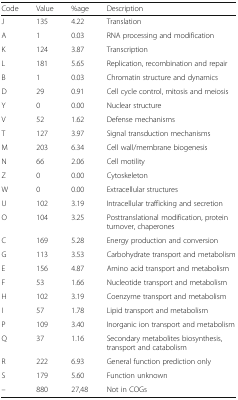
| Code | Value | %age | Description |
 | --- | --- | --- | --- |
 | J | 135 | 4.22 | Translation |
 | A | 1 | 0.03 | RNA processing and modification |
 | K | 124 | 3.87 | Transcription |
 | L | 181 | 5.65 | Replication, recombination and repair |
 | B | 1 | 0.03 | Chromatin structure and dynamics |
 | D | 29 | 0.91 | Cell cycle control, mitosis and meiosis |
 | Y | 0 | 0.00 | Nuclear structure |
 | V | 52 | 1.62 | Defense mechanisms |
 | T | 127 | 3.97 | Signal transduction mechanisms |
 | M | 203 | 6.34 | Cell wall/membrane biogenesis |
 | N | 66 | 2.06 | Cell motility |
 | Z | 0 | 0.00 | Cytoskeleton |
 | W | 0 | 0.00 | Extracellular structures |
 | U | 102 | 3.19 | Intracellular trafficking and secretion |
 | O | 104 | 3.25 | Posttranslational modification, protein turnover, chaperones |
 | C | 169 | 5.28 | Energy production and conversion |
 | G | 113 | 3.53 | Carbohydrate transport and metabolism |
 | E | 156 | 4.87 | Amino acid transport and metabolism |
 | F | 53 | 1.66 | Nucleotide transport and metabolism |
 | H | 102 | 3.19 | Coenzyme transport and metabolism |
 | I | 57 | 1.78 | Lipid transport and metabolism |
 | P | 109 | 3.40 | Inorganic ion transport and metabolism |
 | Q | 37 | 1.16 | Secondary metabolites biosynthesis, transport and catabolism |
 | R | 222 | 6.93 | General function prediction only |
 | S | 179 | 5.60 | Function unknown |
 | – | 880 | 27,48 | Not in COGs |